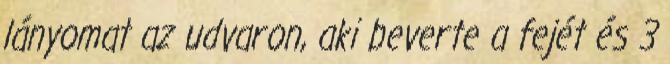
lányomat az udvaron, aki beverte a fejét és 3